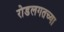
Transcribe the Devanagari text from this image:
रोडलगतच्या